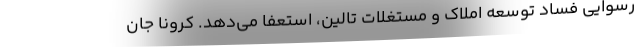
رسوایی فساد توسعه املاک و مستغلات تالین، استعفا می‌دهد. کرونا جان